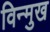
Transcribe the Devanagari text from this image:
विन्‍मुख